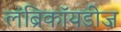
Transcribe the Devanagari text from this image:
लंब्रिकॉयडीज़